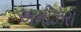
અમીઝરા